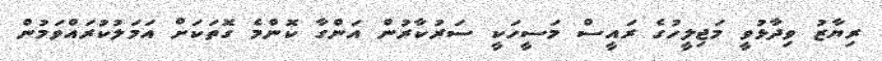
ރިޔާޒު ވިދާޅުވީ މަޖިލީހުގެ ރައީސް މަސީހަކީ ސަރުކާރުން އަންގާ ކޮންމެ ގޮތަކަށް އަމަލުކުރައްވަމުން